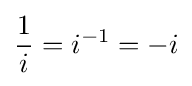
{\frac {1}{i}}=i^{-1}=-i